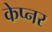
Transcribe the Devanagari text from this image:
केप्नर